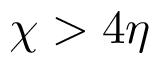
\chi > 4 \eta